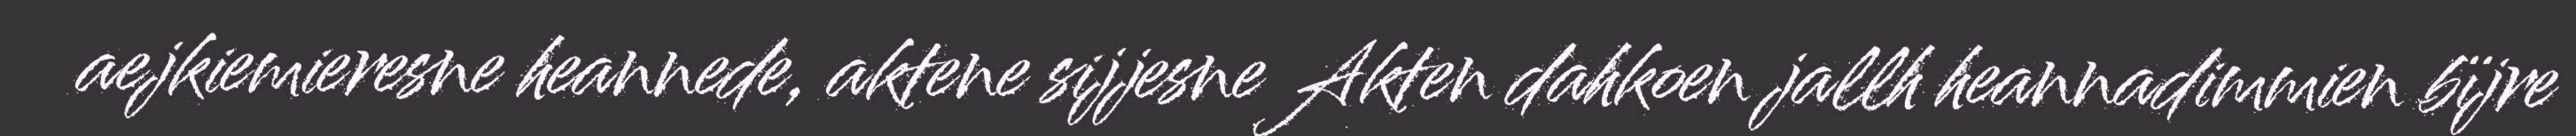
aejkiemieresne heannede, aktene sijjesne Akten dahkoen jallh heannadimmien bïjre